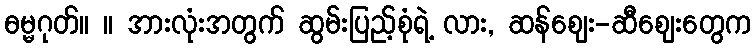
ဓမ္မဂုတ်။ ။ အားလုံးအတွက် ဆွမ်းပြည့်စုံရဲ့ လား, ဆန်ဈေး-ဆီဈေးတွေက